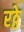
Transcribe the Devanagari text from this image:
रठ्ठे